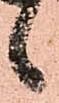
候